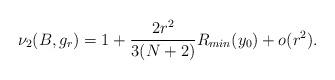
LaTeX: \begin{align*} \nu_2(B,g_r)= 1+\frac{2r^2}{3(N+2)}R_{min}(y_0) +o(r^2).\end{align*}